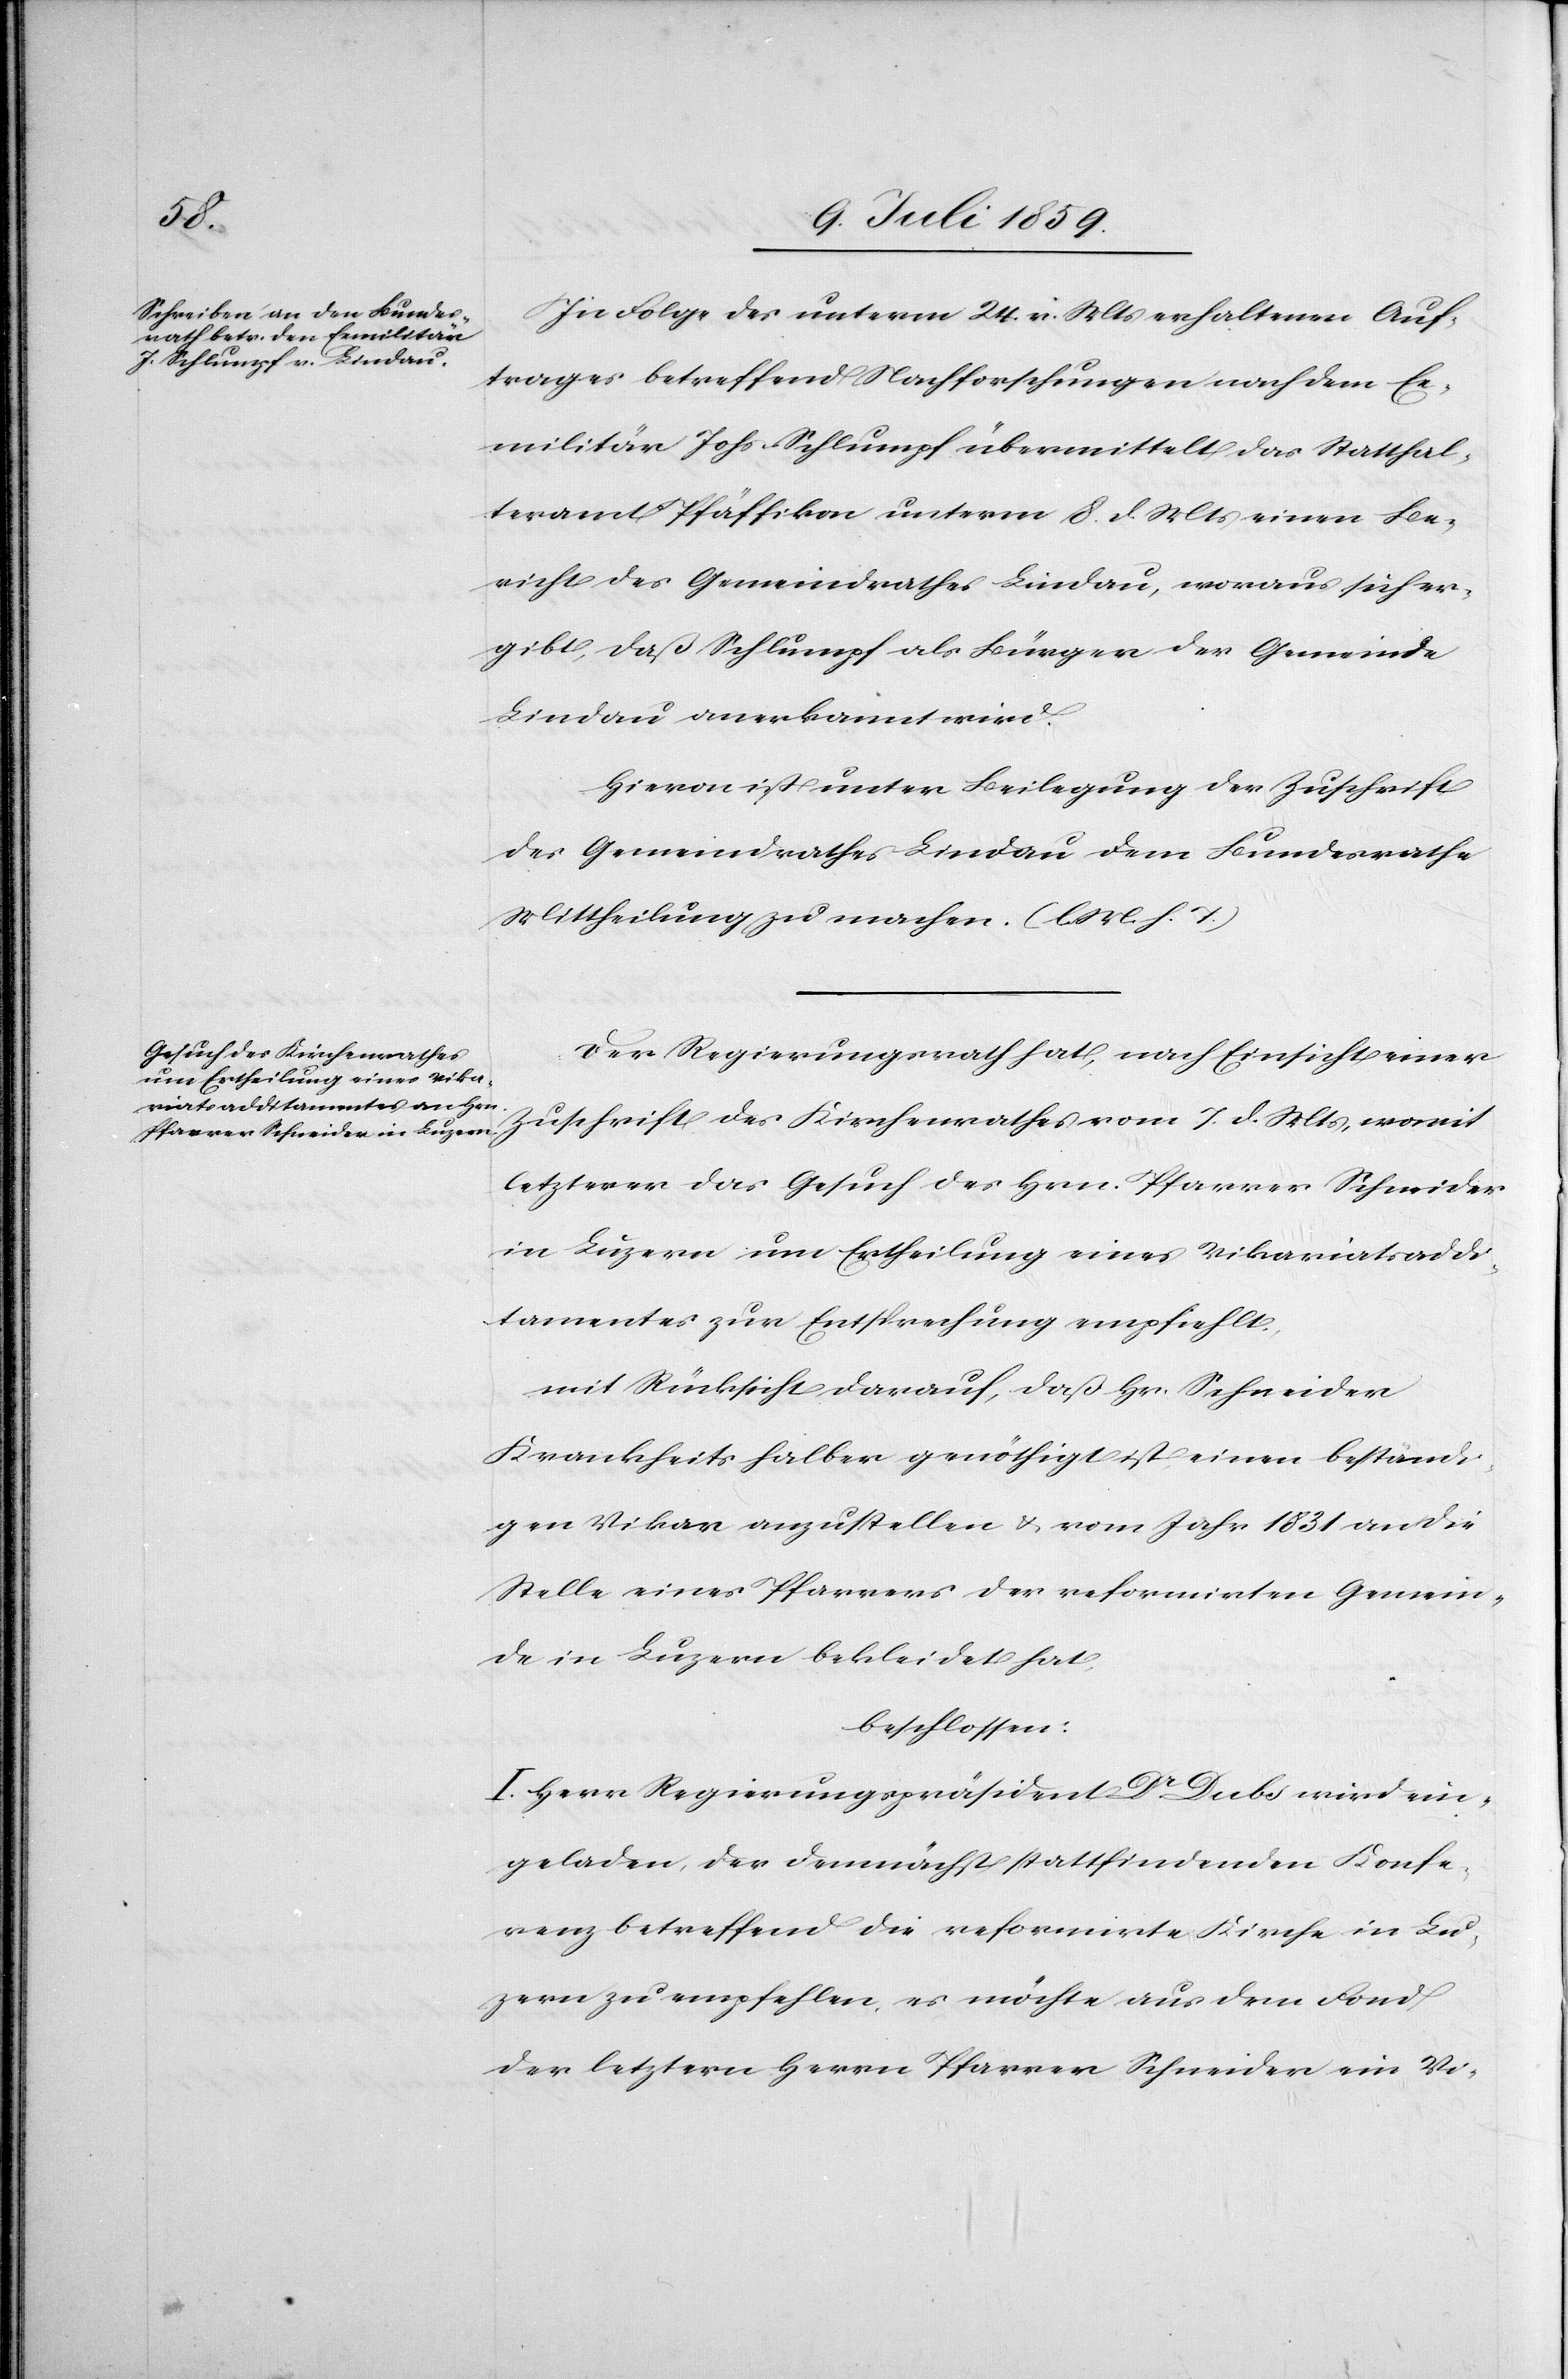
In Folge des unterm 24. v. Mts. erhaltenen Auf¬
trages betreffend Nachforschungen nach dem Ex¬
militär Johs. Schlumpf übermittelt das Statthal¬
teramt Pfäffikon unterm 8. d. Mts. einen Be¬
richt des Gemeindrathes Lindau, woraus sich er¬
gibt, daß Schlumpf als Bürger der Gemeinde
Lindau anerkannt wird.
Hievon ist unter Beilegung der Zuschrift
des Gemeindrathes Lindau dem Bundesrathe
Mittheilung zu machen. (l. M. h. T.)
Der Regierungsrath hat, nach Einsicht einer
Zuschrift des Kirchenrathes vom 7. d. Mts., womit
letzterer das Gesuch des Hrn. Pfarrer Schneider
in Luzern um Ertheilung eines Vikariatsaddi¬
tamentes zur Entsprechung empfiehlt,
mit Rücksicht darauf, daß Hr. Schneider
Krankheits halber genöthigt ist, einen beständi¬
gen Vikar anzustellen u. vom Jahr 1831 an die
Stelle eines Pfarrers der reformirten Gemein¬
de in Luzern bekleidet hat,
beschlossen:
I. Herr Regierungspräsident Dr. Dubs wird ein¬
geladen, der demnächst stattfindenen Konfe¬
renz betreffend die reformirte Kirche in Lu¬
zern zu empfehlen, es möchte aus dem Fond
der letztern Herrn Pfarrer Schneider ein Vi-